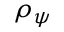
\rho _ { \psi }